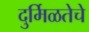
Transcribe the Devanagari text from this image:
दुर्मिळतेचे